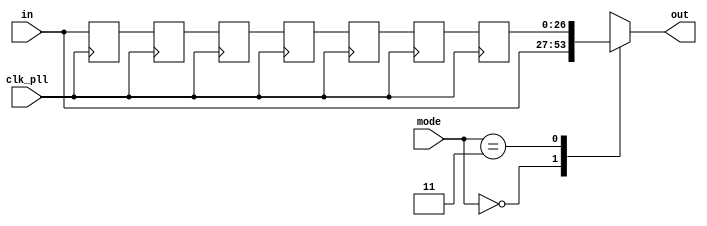
module SelectableExtendablePipeReg
#(parameter num_of_extra_pipes = 0, num_of_bits = 27)( 
	input wire [num_of_bits - 1 : 0] in,
	input wire [1 : 0] mode,
	input wire clk_pll,
	
	output reg [num_of_bits - 1 : 0] out
    );
	
	localparam disabled = 2'b00;
	localparam not_extended = 2'b10;
	localparam extended = 2'b11;
	
	localparam num_of_pipes = num_of_extra_pipes + 7;
	
	reg [num_of_bits - 1 : 0] pipe [num_of_pipes - 1 : 0];
	
	
	integer i;
	always @(posedge clk_pll)
	begin
		pipe [0] <= in;
		for(i = 1; i < num_of_pipes; i = i + 1)
		begin
			pipe[i]  <= pipe[i - 1];
		end
	end
	
	always @(*)
	begin
		case (mode)
			disabled: out = in;
			not_extended: out = pipe[num_of_extra_pipes - 1];
			extended: out = pipe[num_of_pipes - 1];
			default : out = 27'bxxxxxxxxxxxxxxxxxxxxxxxxxxx;
		endcase
	end
	
endmodule